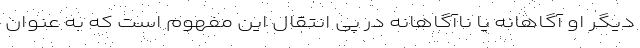
دیگر او آگاهانه یا ناآگاهانه در پی انتقال این مفهوم است که به عنوان